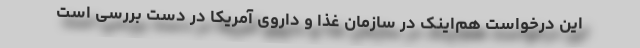
این درخواست هم‌اینک در سازمان غذا و داروی آمریکا در دست بررسی است